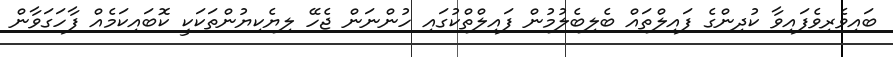
ބައިވެރިވެފައިވާ ކުދިންގެ ފައިލްތައް ބެލިބެލުމުން ފައިލްތްކުގައި ހުންނަން ޖެހޭ ލިޔެކިޔުންތަކަކީ ކޮބައިކަމެއް ފާހަގަވާން